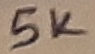
Text: 5K